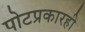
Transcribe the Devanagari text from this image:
पोटप्रकारही